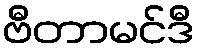
ဗီတာမင်ဒီ